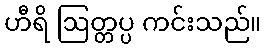
ဟီရိ ဩတ္တပ္ပ ကင်းသည်။